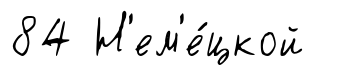
84 Н'ем'е́цкой